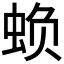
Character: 𮔅